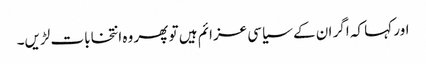
اور کہا کہ اگر ان کے سیاسی عزائم ہیں تو پھر وہ انتخابات لڑیں۔